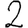
Digit: 2